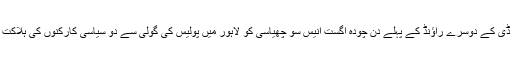
ایم آر ڈی کے دوسرے راؤنڈ کے پہلے دن چودہ اگست انیس سو چھیاسی کو لاہور میں پولیس کی گولی سے دو سیاسی کارکنوں کی ہلاکت ہوئی۔